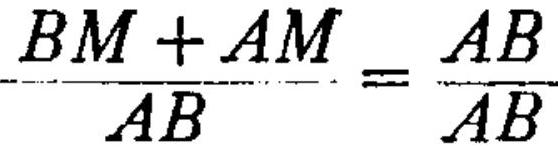
$\frac{BM + AM}{AB}=\frac{AB}{AB}$